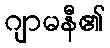
ဂျာမနီ၏